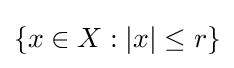
\{x\in X:|x|\leq r\}